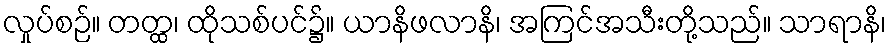
လှုပ်စဉ်။ တတ္ထ၊ ထိုသစ်ပင်၌။ ယာနိဖလာနိ၊ အကြင်အသီးတို့သည်။ သာရာနိ၊